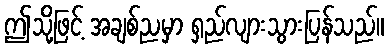
ဤသို့ဖြင့် အချစ်ညမှာ ရှည်လျားသွားပြန်သည်။